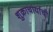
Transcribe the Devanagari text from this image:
शुक्राचार्याची